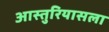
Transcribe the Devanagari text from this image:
आस्तुरियासला